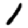
Digit: 1